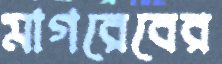
মাগরেবের